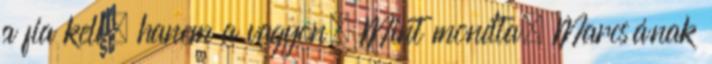
a fia kell, hanem a vagyon. Mint mondta, Marcsának